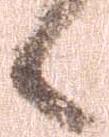
候